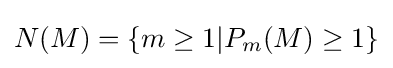
N(M)=\{m\geq 1|P_{m}(M)\geq 1\}